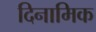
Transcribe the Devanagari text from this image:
दिनामिक